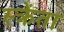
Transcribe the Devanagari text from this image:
स्क्रेंता